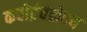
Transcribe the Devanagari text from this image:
कवीद्रंचंद्रोदय